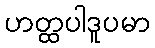
ဟတ္ထပါဒူပမာ